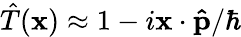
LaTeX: {\hat{T}}(\mathbf{x})\approx 1-i\mathbf{x}\cdot\mathbf{\hat{p}}/\hbar